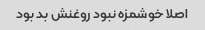
اصلا خوشمزه نبود روغنش بد بود